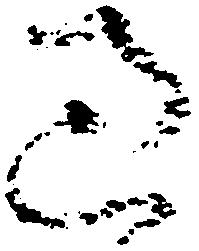
過